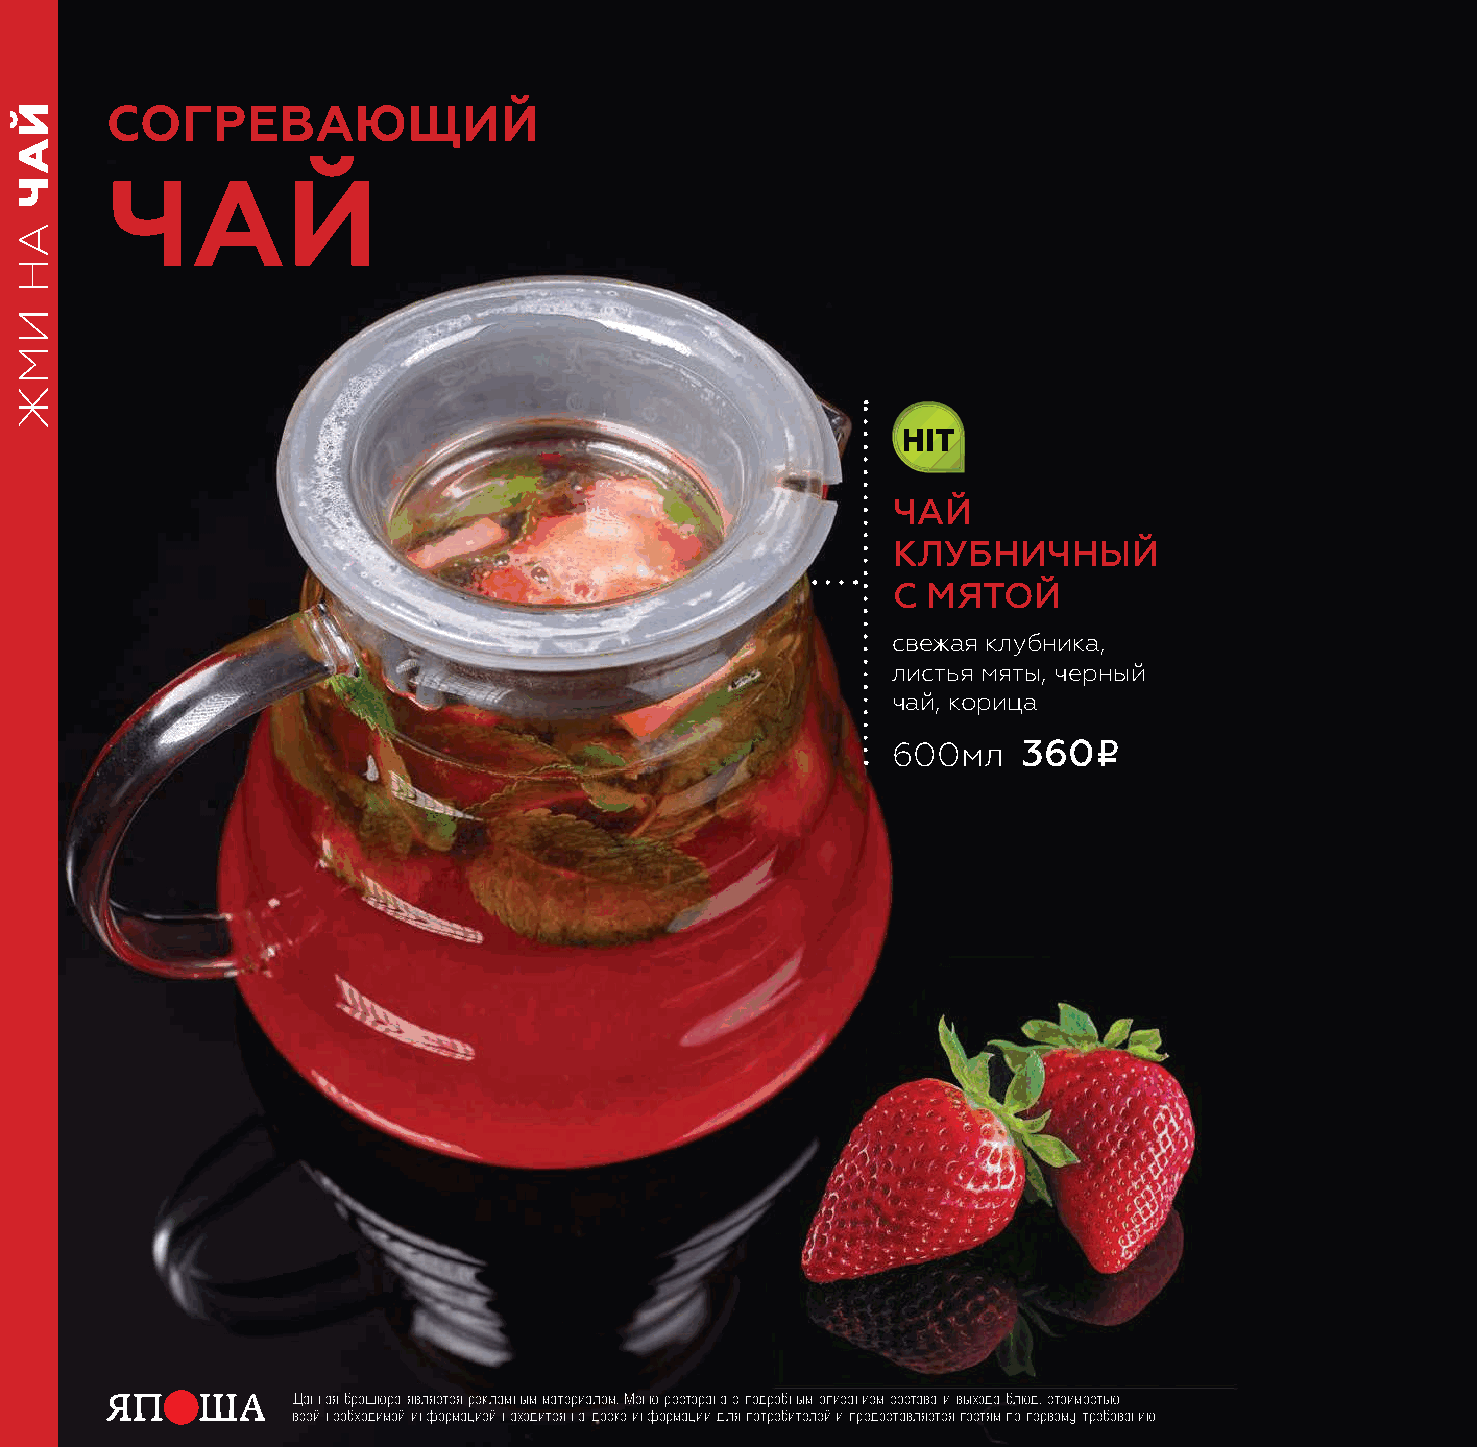
согревающий
 чай
 Hit
 Чай
 клубниЧный
 с мятой
 свежая клубника,
 листья мяты, черный
 чай, корица
 i
 600мл    360
 Данная брошюра является рекламным материалом. Меню ресторана с подробным описанием состава и выхода блюд, стоимостью
 всей необходимой информацией находится на доске информации для потребителей и предоставляется гостям по первому требованию
 йач
 ан
 имж